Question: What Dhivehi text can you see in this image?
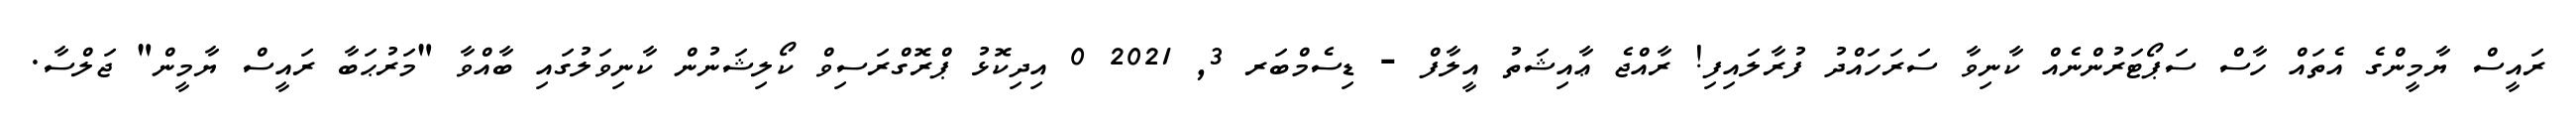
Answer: ރައީސް ޔާމީންގެ އެތައް ހާސް ސަޕޯޓަރުންނެއް ކާނިވާ ސަރަހައްދު ފުރާލައިފި! ރާއްޖެ ޢާއިޝަތު އީލާފް - ޑިސެމްބަރ 3, 2021 0 އިދިކޮޅު ޕްރޮގްރަސިވް ކޯލިޝަނުން ކާނިވަލުގައި ބާއްވާ "މަރުޙަބާ ރައީސް ޔާމީން" ޖަލްސާ.